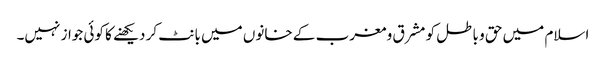
اسلام میں حق و باطل کو مشرق و مغرب کے خانوں میں بانٹ کر دیکھنے کا کوئی جواز نہیں۔